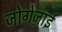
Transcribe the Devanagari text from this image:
जोगेज़ाई